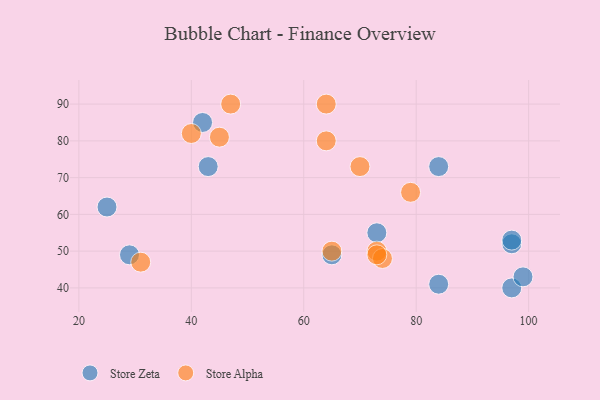
{"axis": {"x": "GDP", "y": "Life Expectancy"}, "legend": ["Store Alpha", "Store Zeta"], "data": [{"x": "43", "y": 73, "type": "Store Zeta"}, {"x": "65", "y": 49, "type": "Store Zeta"}, {"x": "97", "y": 40, "type": "Store Zeta"}, {"x": "42", "y": 85, "type": "Store Zeta"}, {"x": "84", "y": 73, "type": "Store Zeta"}, {"x": "97", "y": 52, "type": "Store Zeta"}, {"x": "29", "y": 49, "type": "Store Zeta"}, {"x": "25", "y": 62, "type": "Store Zeta"}, {"x": "73", "y": 55, "type": "Store Zeta"}, {"x": "84", "y": 41, "type": "Store Zeta"}, {"x": "97", "y": 53, "type": "Store Zeta"}, {"x": "99", "y": 43, "type": "Store Zeta"}, {"x": "65", "y": 50, "type": "Store Alpha"}, {"x": "79", "y": 66, "type": "Store Alpha"}, {"x": "73", "y": 50, "type": "Store Alpha"}, {"x": "70", "y": 73, "type": "Store Alpha"}, {"x": "64", "y": 80, "type": "Store Alpha"}, {"x": "47", "y": 90, "type": "Store Alpha"}, {"x": "31", "y": 47, "type": "Store Alpha"}, {"x": "64", "y": 90, "type": "Store Alpha"}, {"x": "74", "y": 48, "type": "Store Alpha"}, {"x": "45", "y": 81, "type": "Store Alpha"}, {"x": "40", "y": 82, "type": "Store Alpha"}, {"x": "73", "y": 49, "type": "Store Alpha"}]}